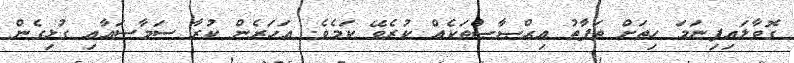
ގޮވާލައިފިނަމަ ހިތަށް ތަފާތު އިޙްޞާޞްތަކެއް ކުރެވޭ ކަމެވެ. އަހަރެން ކުރާ ސަމާސައާއި ގުޅިގެން